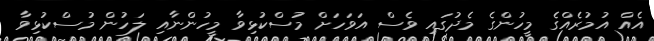
އެއް އުމުރެއްގެ މީހުންގެ މެދުގައި ވެސް އަވަހަށް މުސްކުޅިވާ މީހުންނާއި ލަހުން މުސްކުޅިވާ